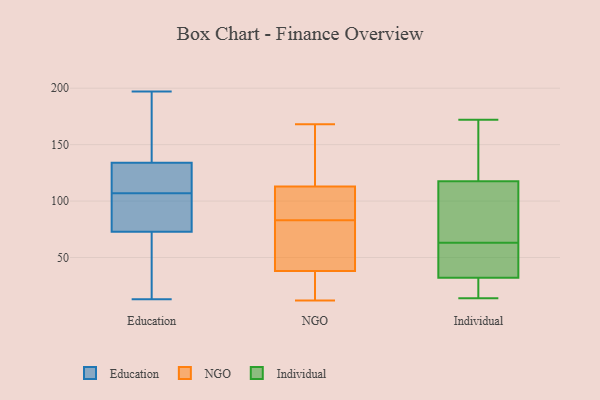
{"axis": {"x": "Churn Rate (%)", "y": "Value"}, "legend": ["Education", "Individual", "NGO"], "data": [{"x": "", "y": 110, "type": "Education"}, {"x": "", "y": 13, "type": "Education"}, {"x": "", "y": 149, "type": "Education"}, {"x": "", "y": 72, "type": "Education"}, {"x": "", "y": 40, "type": "Education"}, {"x": "", "y": 86, "type": "Education"}, {"x": "", "y": 146, "type": "Education"}, {"x": "", "y": 197, "type": "Education"}, {"x": "", "y": 187, "type": "Education"}, {"x": "", "y": 128, "type": "Education"}, {"x": "", "y": 107, "type": "Education"}, {"x": "", "y": 73, "type": "Education"}, {"x": "", "y": 130, "type": "Education"}, {"x": "", "y": 38, "type": "Education"}, {"x": "", "y": 104, "type": "Education"}, {"x": "", "y": 122, "type": "Education"}, {"x": "", "y": 78, "type": "Education"}, {"x": "", "y": 168, "type": "NGO"}, {"x": "", "y": 150, "type": "NGO"}, {"x": "", "y": 34, "type": "NGO"}, {"x": "", "y": 59, "type": "NGO"}, {"x": "", "y": 119, "type": "NGO"}, {"x": "", "y": 39, "type": "NGO"}, {"x": "", "y": 12, "type": "NGO"}, {"x": "", "y": 92, "type": "NGO"}, {"x": "", "y": 111, "type": "NGO"}, {"x": "", "y": 99, "type": "NGO"}, {"x": "", "y": 35, "type": "NGO"}, {"x": "", "y": 40, "type": "NGO"}, {"x": "", "y": 83, "type": "NGO"}, {"x": "", "y": 81, "type": "Individual"}, {"x": "", "y": 116, "type": "Individual"}, {"x": "", "y": 20, "type": "Individual"}, {"x": "", "y": 133, "type": "Individual"}, {"x": "", "y": 172, "type": "Individual"}, {"x": "", "y": 119, "type": "Individual"}, {"x": "", "y": 106, "type": "Individual"}, {"x": "", "y": 34, "type": "Individual"}, {"x": "", "y": 30, "type": "Individual"}, {"x": "", "y": 14, "type": "Individual"}, {"x": "", "y": 36, "type": "Individual"}, {"x": "", "y": 45, "type": "Individual"}]}